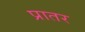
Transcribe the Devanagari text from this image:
प्रातर